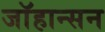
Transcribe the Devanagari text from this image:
जाॅहान्सन